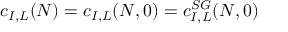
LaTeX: c _ { I , L } ( N ) = c _ { I , L } ( N , 0 ) = c _ { I , L } ^ { S G } ( N , 0 )